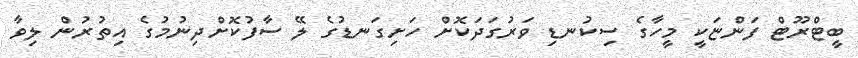
ބީޓްރޫޓް ފަންޏަކީ މީހާގެ ސިކުނޑި ވަރުގަދަކޮށް ހަށިގަނޑުގެ ލޭ ސާފުކޮށްދިނުމުގެ އިތުރުން ލިވާ